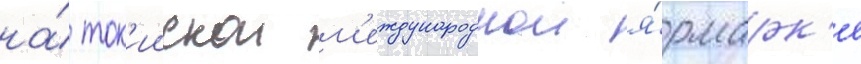
на́ ток'иискои м'еждународнои я́рмарк'е